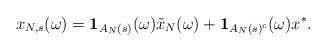
LaTeX: \begin{align*} x_{N,s}(\omega) = \mathbf{1}_{A_N(s)}(\omega) \tilde{x}_N(\omega) + \mathbf{1}_{A_N(s)^c}(\omega) x^*. \end{align*}